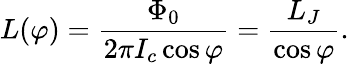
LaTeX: L(\varphi)={\frac{\Phi_{0}}{2\pi I_{c}\cos\varphi}}={\frac{L_{J}}{\cos\varphi}}.